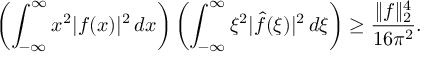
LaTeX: \left( \int _ { - \infty } ^ { \infty } x ^ { 2 } | f ( x ) | ^ { 2 } \, d x \right) \left( \int _ { - \infty } ^ { \infty } \xi ^ { 2 } | { \hat { f } } ( \xi ) | ^ { 2 } \, d \xi \right) \geq { \frac { \| f \| _ { 2 } ^ { 4 } } { 1 6 \pi ^ { 2 } } } .